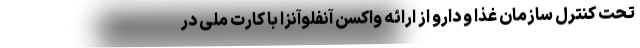
تحت کنترل سازمان غذا و دارو از ارائه واکسن آنفلوآنزا با کارت ملی در